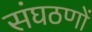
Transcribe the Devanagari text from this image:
संघठणों